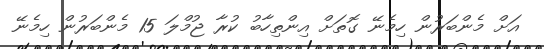
އަށް މެންބަރުން ހިމެނޭ ގޮތަށް އިންތިހާބު ކުރާ ޖުމްލަ 15 މެންބަރުން ހިމެނޭ